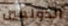
الدولفين